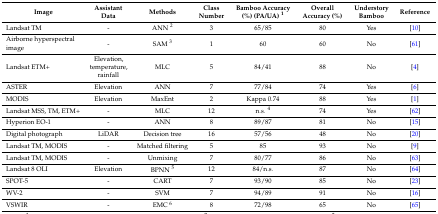
<table><thead><tr><td><b>Image</b></td><td><b>Assistant Data</b></td><td><b>Methods</b></td><td><b>Class Number</b></td><td><b>Bamboo Accuracy (%) (PA/UA) <sup>1</sup></b></td><td><b>Overall Accuracy (%)</b></td><td><b>Understory Bamboo</b></td><td><b>Reference</b></td></tr></thead><tbody><tr><td>Landsat TM</td><td>-</td><td>ANN <sup>2</sup></td><td>3</td><td>65/85</td><td>80</td><td>Yes</td><td>[10]</td></tr><tr><td>Airborne hyperspectral image</td><td>-</td><td>SAM <sup>3</sup></td><td>1</td><td>60</td><td>60</td><td>No</td><td>[61]</td></tr><tr><td>Landsat ETM+</td><td>Elevation, temperature, rainfall</td><td>MLC</td><td>5</td><td>84/41</td><td>88</td><td>No</td><td>[4]</td></tr><tr><td>ASTER</td><td>Elevation</td><td>ANN</td><td>7</td><td>77/84</td><td>74</td><td>Yes</td><td>[6]</td></tr><tr><td>MODIS</td><td>Elevation</td><td>MaxEnt</td><td>2</td><td>Kappa 0.74</td><td>88</td><td>Yes</td><td>[1]</td></tr><tr><td>Landsat MSS, TM, ETM+</td><td>-</td><td>MLC</td><td>12</td><td>n.s. <sup>4</sup></td><td>74</td><td>Yes</td><td>[62]</td></tr><tr><td>Hyperion EO-1</td><td>-</td><td>ANN</td><td>8</td><td>89/87</td><td>81</td><td>No</td><td>[15]</td></tr><tr><td>Digital photograph</td><td>LiDAR</td><td>Decision tree</td><td>16</td><td>57/56</td><td>48</td><td>No</td><td>[20]</td></tr><tr><td>Landsat TM, MODIS</td><td>-</td><td>Matched filtering</td><td>5</td><td>85</td><td>93</td><td>No</td><td>[9]</td></tr><tr><td>Landsat TM, MODIS</td><td>-</td><td>Unmixing</td><td>7</td><td>80/77</td><td>86</td><td>No</td><td>[63]</td></tr><tr><td>Landsat 8 OLI</td><td>Elevation</td><td>BPNN <sup>5</sup></td><td>12</td><td>84/n.s.</td><td>87</td><td>No</td><td>[64]</td></tr><tr><td>SPOT-5</td><td>-</td><td>CART</td><td>7</td><td>93/90</td><td>85</td><td>No</td><td>[23]</td></tr><tr><td>WV-2</td><td>-</td><td>SVM</td><td>7</td><td>94/89</td><td>91</td><td>No</td><td>[16]</td></tr><tr><td>VSWIR</td><td>-</td><td>EMC <sup>6</sup></td><td>8</td><td>72/98</td><td>65</td><td>No</td><td>[65]</td></tr></tbody></table>